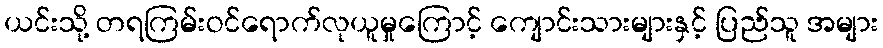
ယင်းသို့ တရကြမ်းဝင်ရောက်လုယူမှုကြောင့် ကျောင်းသားများနှင့် ပြည်သူ အများ